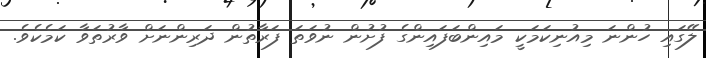
ލޭގައި ހުންނަ މިއުނިކަމަކީ މައިންބަފައިންގެ ފުށުން ނުވަތަ ފަރާތުން ދަރިންނަށް ވާރުތަވާ ކަމެކެވެ.